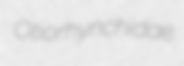
Otiorhynchidae